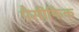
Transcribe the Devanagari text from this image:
पैसीफिक